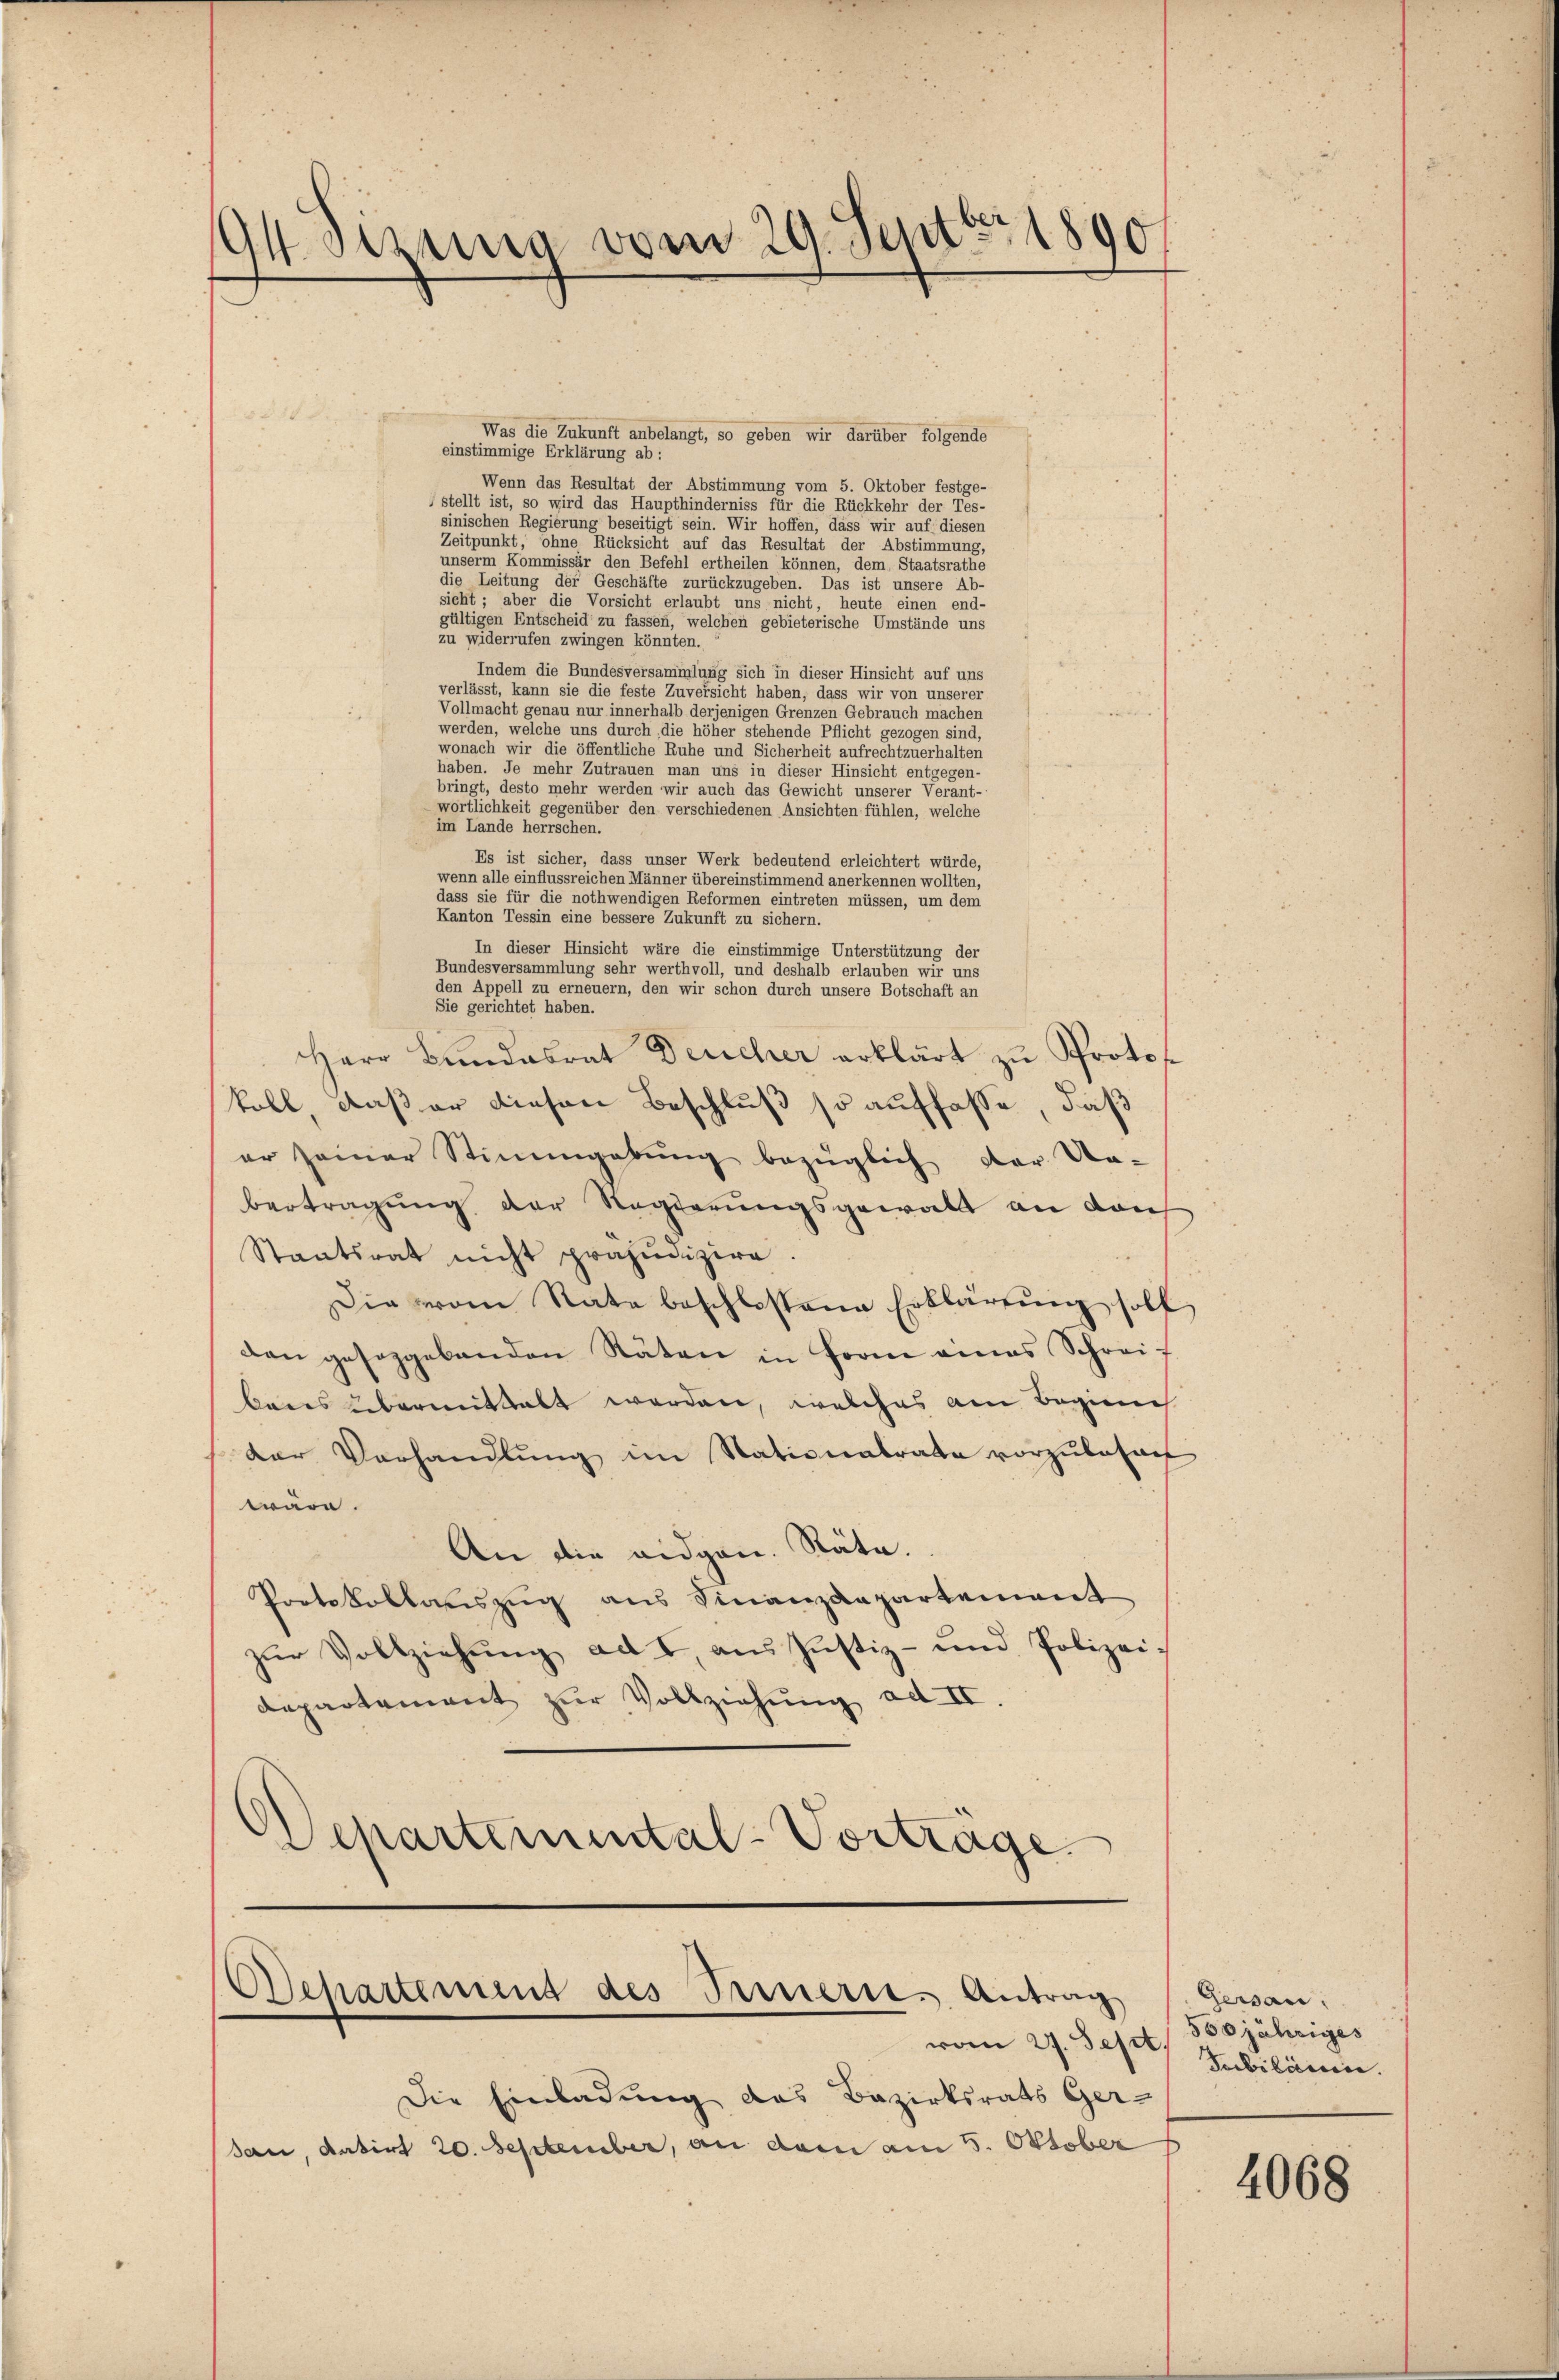
94. Sitzung vom 29. Sentir 1890

10 J
Was die Zukunft anbelangt, so geben wir darüber folgende
einstimmige Erklärung ab:
Wenn das Resultat der Abstimmung vom 5. Oktober festge-
stellt ist, so wird das Haupthinderniss für die Rückkehr der Tes-
sinischen Regierung beseitigt sein. Wir hoffen, dass wir auf diesen
Zeitpunkt, ohne Rücksicht auf das Resultat der Abstimmung,
unserm Kommissär den Befehl ertheilen können, dem Staatsrathe
die Leitung der Geschäfte zurückzugeben. Das ist unsere Ab-
sieht; aber die Vorsicht erlaubt uns nicht, heute einen end-
gültigen Entscheid zu fassen, welchen gebieterische Umstände uns
zu widerrufen zwingen könnten.
Indem die Bundesversammlung sich in dieser Hinsicht auf uns
verlässt, kann sie die feste Zuversicht haben, dass wir von unserer
Vollmacht genau nur innerhalb derjenigen Grenzen Gebrauch machen
werden, welche uns durch die höher stehende Pflicht gezogen sind,
wonach wir die öffentliche Ruhe und Sicherheit aufrechtzuerhalten
haben. Je mehr Zutrauen man uns in dieser Hinsicht entgegen-
bringt, desto mehr werden wir auch das Gewicht unserer Verant-
wortlichkeit gegenüber den verschiedenen Ansichten fühlen, welche
im Lande herrschen.
Es ist sicher, dass unser Werk bedeutend erleichtert würde,
wenn alle einflussreichen Männer übereinstimmend anerkennen wollten,
dass sie für die nothwendigen Reformen eintreten müssen, um dem
Kanton Tessin eine bessere Zukunft zu sichern.
In dieser Hinsicht wäre die einstimmige Unterstützung der
Bundesversammlung sehr werthvoll, und deshalb erlauben wir uns
den Appell zu erneuern, den wir schon durch unsere Botschaft an
Sie gerichtet haben.
Herr Bundesrat Deucher erklärt zu Protokoll daß er diesen Beschluß so auffasse, daß
er seiner Stimmgebung bezüglich der den-
bertragung der Regierungsgewalt an dan
Staatsrat nicht präjudizire.
Die von Rate beschlossene Erklärung soll
dan gesorgebenden Räten in Form eines Schreit
bens übermittelt werden, welches am Beginn
Der Verhandlŭng im Stationalrate vorzŭlasan
wäre.
An die eidgen. Räte.
Protokollauszug aus Finanzdepartement
zŭr Vollziehŭng ad I, aus Justiz- und Polizei-
departement zur Vollziehung ad II
Separtimental-Vortrage

OSchartement des Fernern, Antrag
vom 29. Sept Jubiläum.

Die Einladung das Bezirksrats Ger-
San, datirt 20. September, an dem am 5. Oktober

Gersan
500jähriges

4068